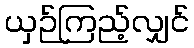
ယှဉ်ကြည့်လျှင်